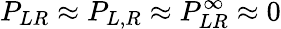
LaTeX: P_{LR}\approx P_{L,R}\approx P_{LR}^{\infty}\approx 0